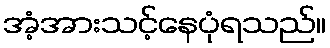
အံ့အားသင့်နေပုံရသည်။